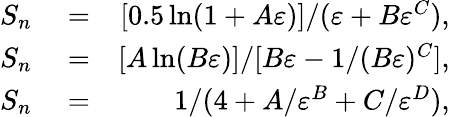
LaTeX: \begin{array}{rlr}{S_{n}}&{{}=}&{[0.5\ln(1+A\varepsilon)]/(\varepsilon+B\varepsilon^{C}),}\\ {S_{n}}&{{}=}&{[A\ln(B\varepsilon)]/[B\varepsilon-1/(B\varepsilon)^{C}],}\\ {S_{n}}&{{}=}&{1/(4+A/\varepsilon^{B}+C/\varepsilon^{D}),}\end{array}